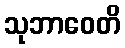
သုဘာဝေတိ